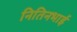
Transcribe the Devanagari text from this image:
नितिनभाई